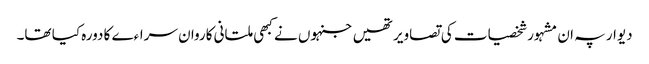
دیوار پہ ان مشہور شخصیات کی تصاویر تھیں جنہوں نے کبھی ملتانی کاروان سراءے کا دورہ کیا تھا۔